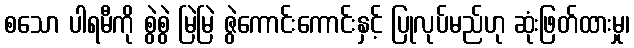
စသော ပါရမီကို စွဲစွဲ မြဲမြဲ ဇွဲကောင်းကောင်းနှင့် ပြုလုပ်မည်ဟု ဆုံးဖြတ်ထားမှု၊